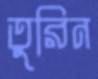
তুরিন